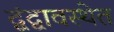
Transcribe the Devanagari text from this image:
द्वंद्वावस्थेत